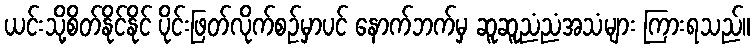
ယင်းသို့စိတ်နိုင်နိုင် ပိုင်းဖြတ်လိုက်စဉ်မှာပင် နောက်ဘက်မှ ဆူဆူညံညံအသံများ ကြားရသည်။